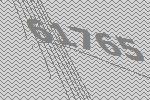
61765